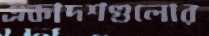
একাদশগুলোর